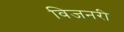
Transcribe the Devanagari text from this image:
विजनरी